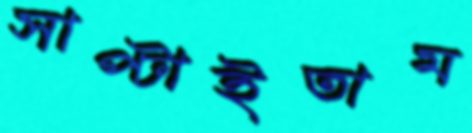
সাপ্‌টাইতাম